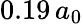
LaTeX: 0.19\, a_{0}